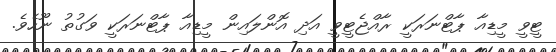
ޓީވީ މީޑިއާ ޕާޓްނަރަކީ ރާއްޖެޓީވީ އަދި އޮންލައިން މީޑިއާ ޕާޓްނަރަކީ ވަގުތު ނޫހެވެ.